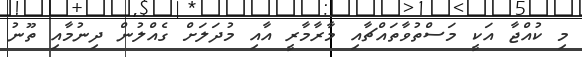
މި ކުއްޖާ އަކީ މަސްތުވާތައްޗާއި މާރާމާރީ އާއި މުދަލަށް ގެއްލުން ދިނުމާއި ތޫނު